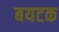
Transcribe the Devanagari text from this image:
बयटक